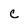
Character: c